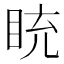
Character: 𥅻